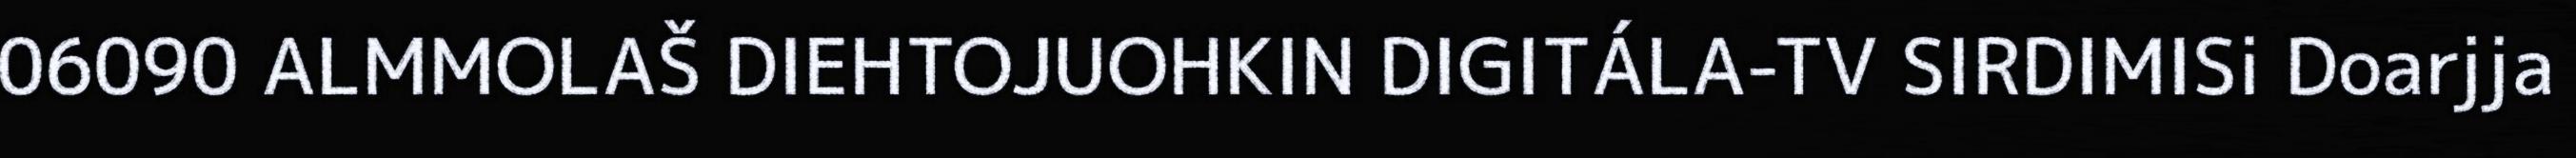
06090 ALMMOLAŠ DIEHTOJUOHKIN DIGITÁLA-TV SIRDIMISi Doarjja